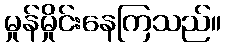
မှုန်မှိုင်းနေကြသည်။